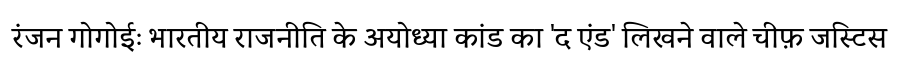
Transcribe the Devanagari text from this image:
रंजन गोगोईः भारतीय राजनीति के अयोध्या कांड का 'द एंड' लिखने वाले चीफ़ जस्टिस